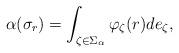
LaTeX: \begin{align*}\alpha(\sigma_r)=\int_{\zeta\in\Sigma_\alpha}\varphi_\zeta(r)de_{\zeta},\end{align*}